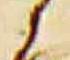
之